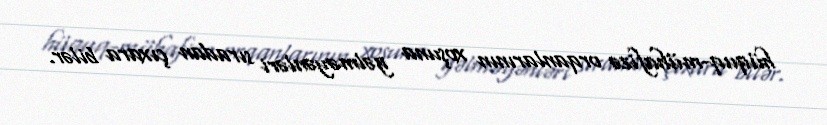
hüquq-mühafizə orqanlarının xoşuna gəlməyənləri sıradan çıxara bilər.